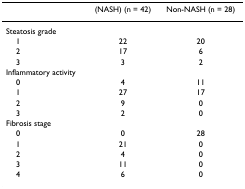
<table><thead><tr><td></td><td><b>(NASH) (n = 42)</b></td><td><b>Non-NASH (n = 28)</b></td></tr></thead><tbody><tr><td>Steatosis grade</td><td></td><td></td></tr><tr><td> 1</td><td>22</td><td>20</td></tr><tr><td> 2</td><td>17</td><td>6</td></tr><tr><td> 3</td><td>3</td><td>2</td></tr><tr><td>Inflammatory activity</td><td></td><td></td></tr><tr><td> 0</td><td>4</td><td>11</td></tr><tr><td> 1</td><td>27</td><td>17</td></tr><tr><td> 2</td><td>9</td><td>0</td></tr><tr><td> 3</td><td>2</td><td>0</td></tr><tr><td>Fibrosis stage</td><td></td><td></td></tr><tr><td> 0</td><td>0</td><td>28</td></tr><tr><td> 1</td><td>21</td><td>0</td></tr><tr><td> 2</td><td>4</td><td>0</td></tr><tr><td> 3</td><td>11</td><td>0</td></tr><tr><td> 4</td><td>6</td><td>0</td></tr></tbody></table>